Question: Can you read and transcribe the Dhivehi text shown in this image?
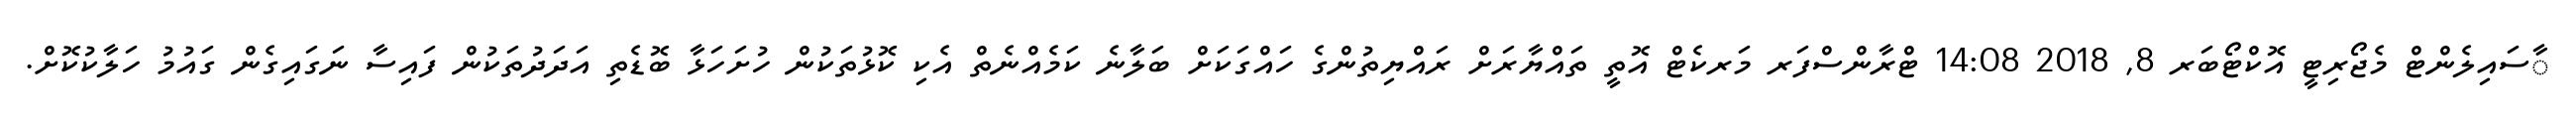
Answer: ާސައިލެންޓް މެޖޯރިޓީ އޮކްޓޯބަރ 8, 2018 14:08 ޓްރާންސްފަރ މަރކެޓް އޮތީ ތައްޔާރަށް ރައްޔިތުންގެ ހައްގަކަށް ބަލާނެ ކަމެއްނެތް އެކި ކޮޅުތަކުން ހުށަހަޅާ ބޮޑެތި އަދަދުތަކުން ފައިސާ ނަގައިގެން ގައުމު ހަލާކުކޮށް.